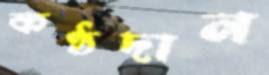
কণ্ঠদান